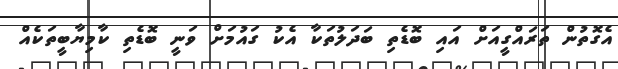
އެގޮތުން ތަރައްގީއަށް އައި ބޮޑެތި ބަދަލުތަކާ އެކު ގައުމަށް ވަނީ ބޮޑެތި ކާމިޔާބީތަކެއް